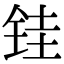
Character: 𫓯